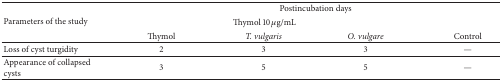
| <ROWSPAN=3> Parameters of the study | <COLSPAN=4> Postincubation days |
 | <COLSPAN=3> Thymol 10 μg/mL |  |
 | Thymol | T. vulgaris | O. vulgare | Control |
 | --- | --- | --- | --- | --- |
 | Loss of cyst turgidity | 2 | 3 | 3 | — |
 | Appearance of collapsedcysts | 3 | 5 | 5 | — |